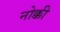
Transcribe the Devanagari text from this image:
नोक्की